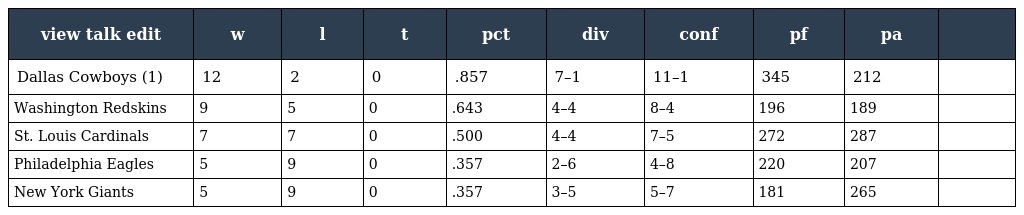
| view talk edit | w | l | t | pct | div | conf | pf | pa |  |
 | --- | --- | --- | --- | --- | --- | --- | --- | --- | --- |
 | Dallas Cowboys (1) | 12 | 2 | 0 | .857 | 7–1 | 11–1 | 345 | 212 |  |
 | Washington Redskins | 9 | 5 | 0 | .643 | 4–4 | 8–4 | 196 | 189 |  |
 | St. Louis Cardinals | 7 | 7 | 0 | .500 | 4–4 | 7–5 | 272 | 287 |  |
 | Philadelphia Eagles | 5 | 9 | 0 | .357 | 2–6 | 4–8 | 220 | 207 |  |
 | New York Giants | 5 | 9 | 0 | .357 | 3–5 | 5–7 | 181 | 265 |  |